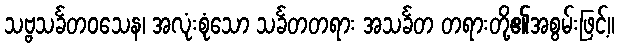
သဗ္ဗသင်္ခတဝသေန၊ အလုံးစုံသော သင်္ခတတရား အသင်္ခတ တရားတို့၏အစွမ်းဖြင့်။